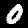
Label: 0